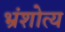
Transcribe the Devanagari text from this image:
भ्रंशोत्य